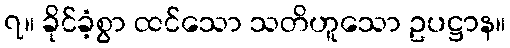
၇။ ခိုင်ခံ့စွာ ထင်သော သတိဟူသော ဥပဋ္ဌာန။